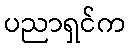
ပညာရှင်က